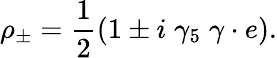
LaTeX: \rho_{\pm}=\frac{1}{2}(1\pm i\; \gamma_{5}\; \gamma\cdot e).